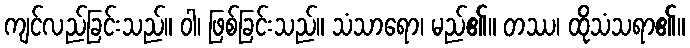
ကျင်လည်ခြင်းသည်။ ဝါ၊ ဖြစ်ခြင်းသည်။ သံသာရော၊ မည်၏။ တဿ၊ ထိုသံသရာ၏။